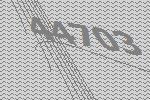
44703